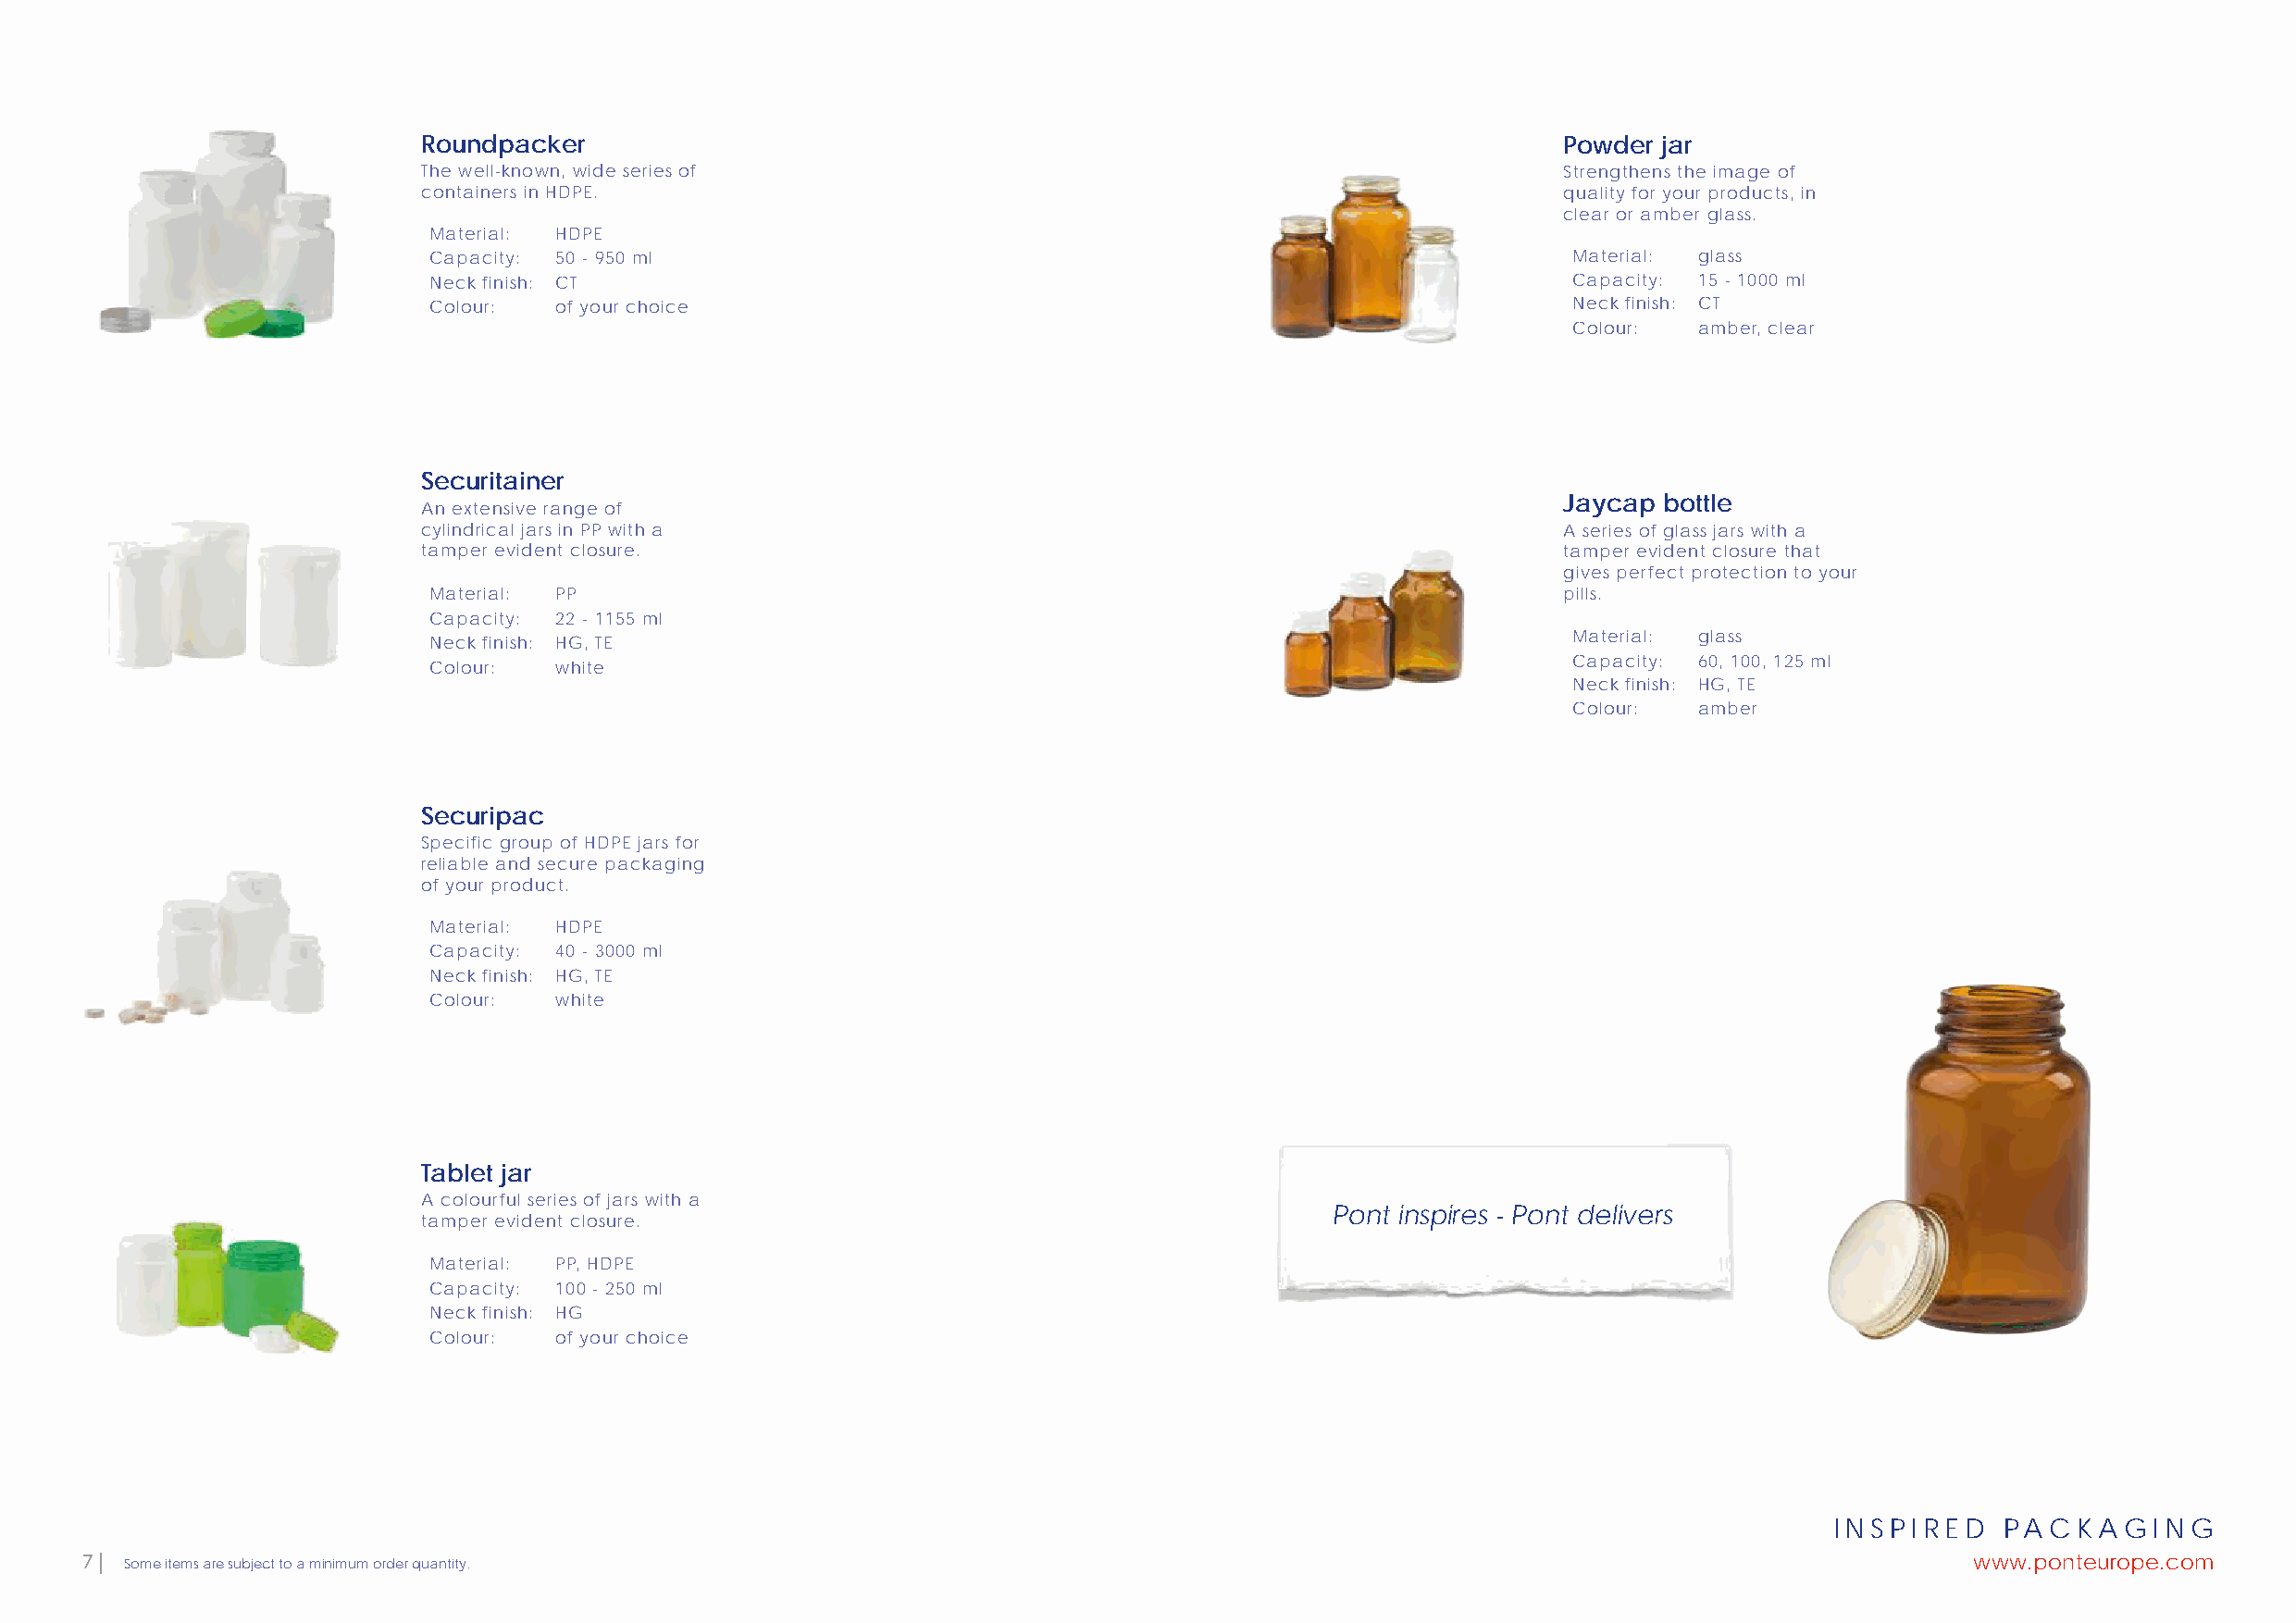
Roundpacker                                                                       Powder jar
 The well-known, wide series of                                                    Strengthens the image of
 containers in HDPE.                                                               quality for your products, in
 clear or amber glass.
 Material: HDPE
 Capacity: 50 - 950 ml                                                            Material: glass
 Neck finish: CT                                                                  Capacity: 15 - 1000 ml
 Colour:  of your choice                                                          Neck finish: CT
 Colour:  amber, clear
 Securitainer
 Jaycap bottle
 An extensive range of
 cylindrical jars in PP with a                                                     A series of glass jars with a
 tamper evident closure.                                                           tamper evident closure that
 gives perfect protection to your
 Material: PP                                                                     pills.
 Capacity: 22 - 1155 ml
 Material: glass
 Neck finish: HG, TE
 Capacity: 60, 100, 125 ml
 Colour:  white
 Neck finish: HG, TE
 Colour:  amber
 Securipac
 Specific group of HDPE jars for
 reliable and secure packaging
 of your product.
 Material: HDPE
 Capacity: 40 - 3000 ml
 Neck finish: HG, TE
 Colour:  white
 Tablet jar
 A colourful series of jars with a
 Pont inspires - Pont delivers
 tamper evident closure.
 Material: PP, HDPE
 Capacity: 100 - 250 ml
 Neck finish: HG
 Colour:  of your choice
 INSPIRED    PACKAGING
 7 | Some items are subject to a minimum order quantity.                                                                                www.ponteurope.com